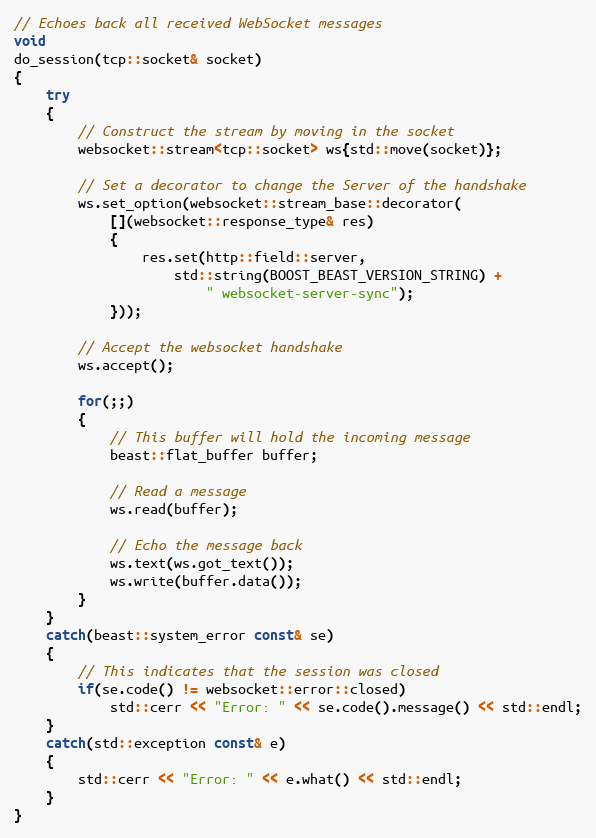
Language: C++
// Echoes back all received WebSocket messages
void
do_session(tcp::socket& socket)
{
    try
    {
        // Construct the stream by moving in the socket
        websocket::stream<tcp::socket> ws{std::move(socket)};

        // Set a decorator to change the Server of the handshake
        ws.set_option(websocket::stream_base::decorator(
            [](websocket::response_type& res)
            {
                res.set(http::field::server,
                    std::string(BOOST_BEAST_VERSION_STRING) +
                        " websocket-server-sync");
            }));

        // Accept the websocket handshake
        ws.accept();

        for(;;)
        {
            // This buffer will hold the incoming message
            beast::flat_buffer buffer;

            // Read a message
            ws.read(buffer);

            // Echo the message back
            ws.text(ws.got_text());
            ws.write(buffer.data());
        }
    }
    catch(beast::system_error const& se)
    {
        // This indicates that the session was closed
        if(se.code() != websocket::error::closed)
            std::cerr << "Error: " << se.code().message() << std::endl;
    }
    catch(std::exception const& e)
    {
        std::cerr << "Error: " << e.what() << std::endl;
    }
}